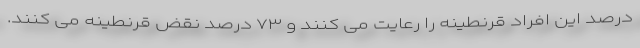
درصد این افراد قرنطینه را رعایت می کنند و ۷۳ درصد نقض قرنطینه می کنند.